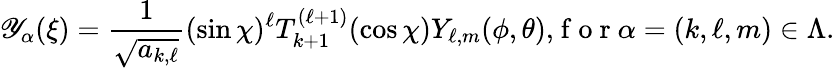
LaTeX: {\mathscr Y}_{\alpha}(\xi)=\displaystyle{\frac{1}{\sqrt{a_{k,\ell}}}(\sin\chi)^{\ell}T_{k+1}^{(\ell+1)}(\cos\chi)Y_{\ell,m}(\phi,\theta),}\mathrm{~f~o~r~}\alpha=(k,\ell,m)\in\Lambda.